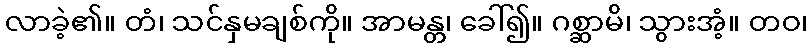
လာခဲ့၏။ တံ၊ သင်နှမချစ်ကို။ အာမန္တ၊ ခေါ်၍။ ဂစ္ဆာမိ၊ သွားအံ့။ တဝ၊